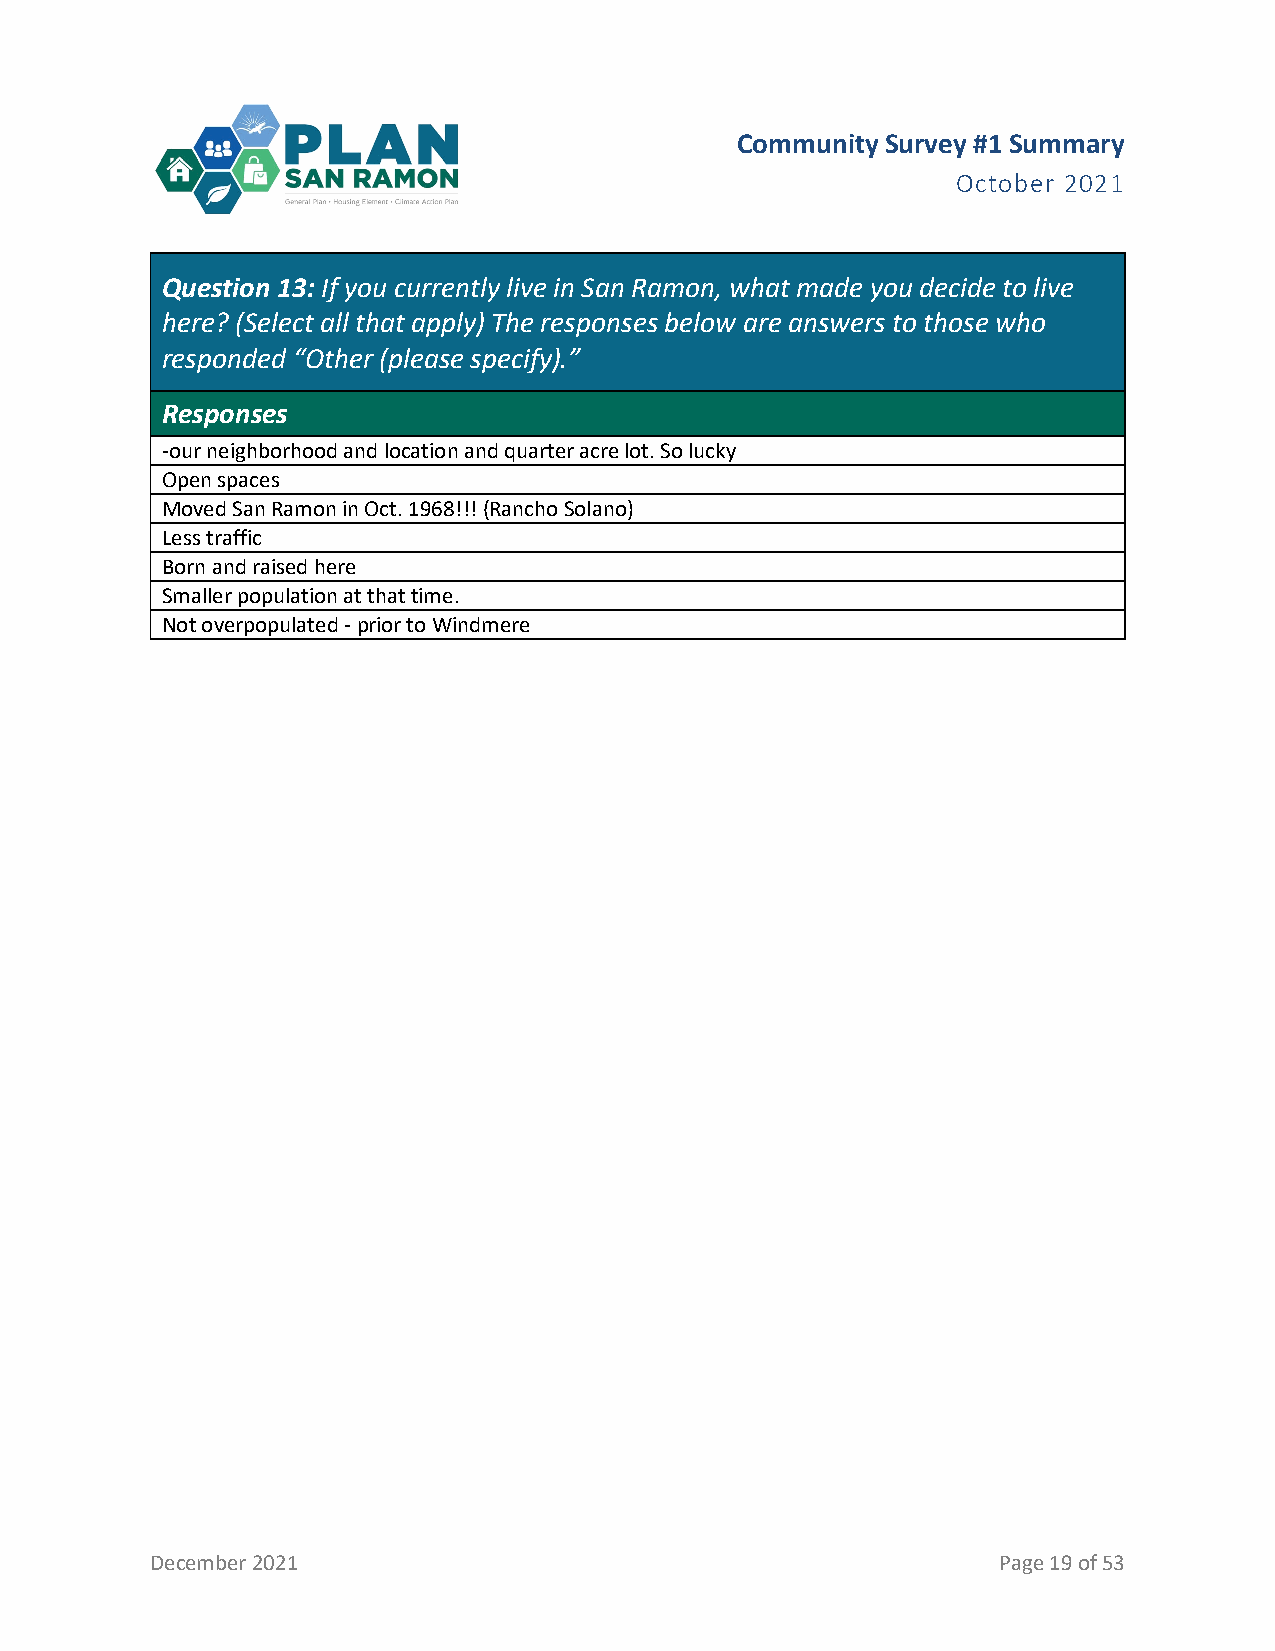
Community Survey #1 Summary
 October 2021
 Question 13: If you currently live in San Ramon, what made you decide to live
 here? (Select all that apply) The responses below are answers to those who
 responded “Other (please specify).”
 Responses
 -our neighborhood and location and quarter acre lot. So lucky
 Open spaces
 Moved San Ramon in Oct. 1968!!! (Rancho Solano)
 Less traffic
 Born and raised here
 Smaller population at that time.
 Not overpopulated - prior to Windmere
 December 2021                                           Page 19 of 53